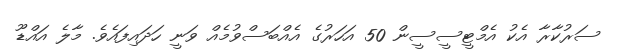
ސަރުކާރާ އެކު އެމްޓީސީސީން 50 އަހަރުގެ އެއްބަސްވުމެއް ވަނީ ހަދައިފައެވެ. މާލެ އައްޑޫ